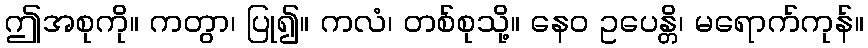
ဤအစုကို။ ကတွာ၊ ပြု၍။ ကလံ၊ တစ်စုသို့။ နေဝ ဥပေန္တိ၊ မရောက်ကုန်။